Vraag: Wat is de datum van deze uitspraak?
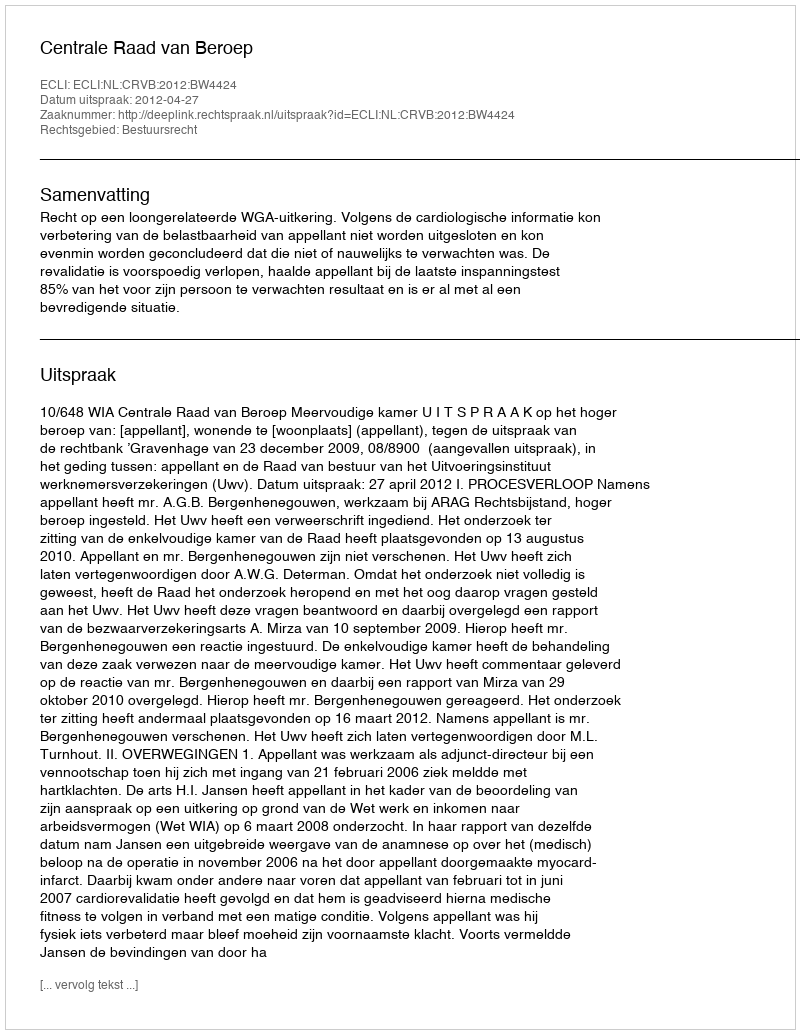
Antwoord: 2012-04-27